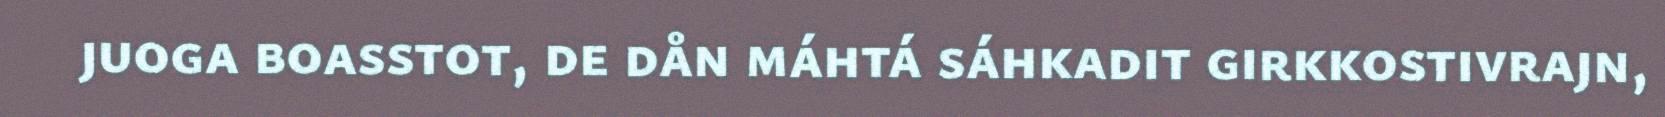
juoga boasstot, de dån máhtá sáhkadit girkkostivrajn,